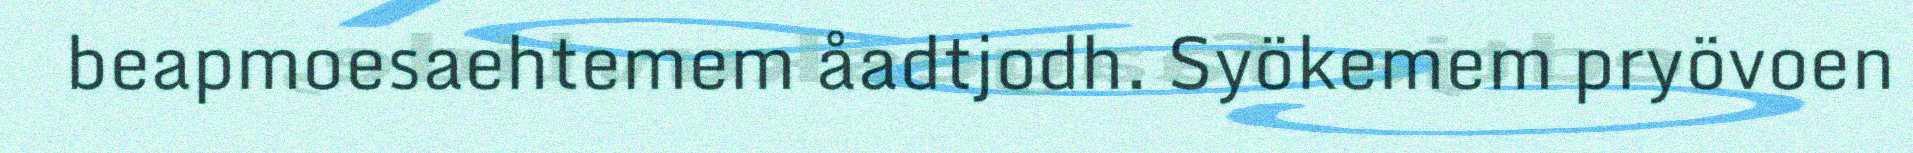
beapmoesaehtemem åadtjodh. Syökemem pryövoen